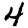
Digit: 4